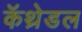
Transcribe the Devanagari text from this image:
कॅथ्रेडल